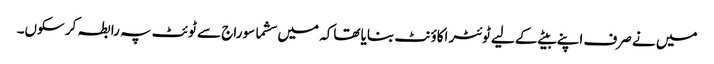
میں نے صرف اپنے بیٹے کے لیے ٹوئٹر اکاؤنٹ بنایا تھاکہ میں سشما سوراج سے ٹوئٹ پہ رابطہ کر سکوں۔